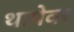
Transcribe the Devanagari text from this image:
थापेवर